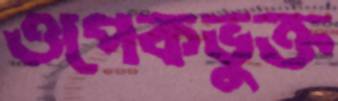
ওপেকভুক্ত